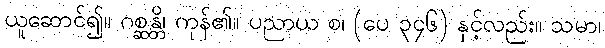
ယူဆောင်၍။ ဂစ္ဆန္တိ၊ ကုန်၏။ ပညာယ စ၊ (ပေ ၃၄၆) နှင့်လည်း။ သမာ၊